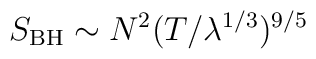
S_{\rm BH} \sim N^2 (T / \lambda^{1/3})^{9/5}